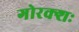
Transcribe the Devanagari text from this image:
गोरक्शः